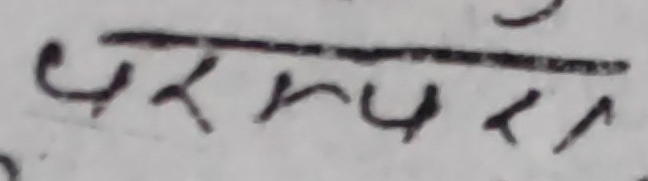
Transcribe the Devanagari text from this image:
परपर